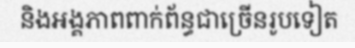
និងអង្គភាពពាក់ព័ន្ធជាច្រើនរូបទៀត